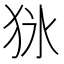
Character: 𤝣